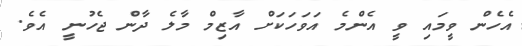
އެހެން ވީމައި ވީ އެންމެ އަވަހަކަށް އާޒިމް މާލެ ދާން ޖެހުނީ އެވެ.